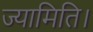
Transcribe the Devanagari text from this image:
ज्यामिति।